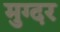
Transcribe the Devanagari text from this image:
मुग्दर